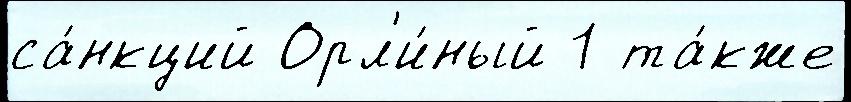
са́нкций Орл'и́ный 1 та́кже